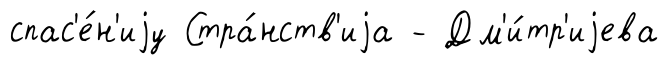
спас'е́н'иjу Стра́нств'иjа - Дм'и́тр'иjева